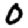
Digit: 0